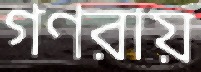
গণরায়